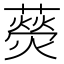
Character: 藀